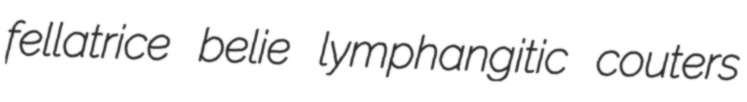
fellatrice belie lymphangitic couters